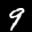
Label: 9